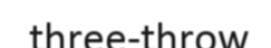
three-throw